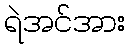
ရဲအင်အား